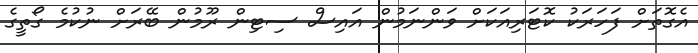
އެގޮތަށް ފަހަރަކު ކޮޓަރިއަކަށް ވަންނަމުން އައިސް ސިޓިން ރޫމުން ބޭރަށް ނުކުމެ ގޯތީގެ